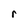
Character: r